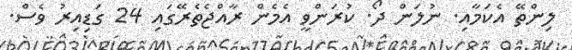
ލިންތޭ އެކަމާއި. ނުލަން ދޯ. ކުރަންވީ އެމެން ރާއްޖެތެރޭގައި 24 ގަޑިއިރު ވެސް.